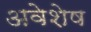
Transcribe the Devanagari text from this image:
अवेशेष